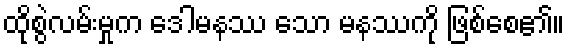
ထိုစွဲလမ်းမှုက ဒေါမနဿ သော မနဿကို ဖြစ်စေ၏။